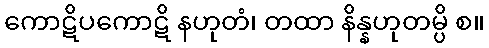
ကောဋိပကောဋိ နဟုတံ၊ တထာ နိန္နဟုတမ္ပိ စ။